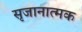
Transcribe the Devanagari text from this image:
सृजानात्मक